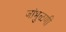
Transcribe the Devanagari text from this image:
जांभुळणी